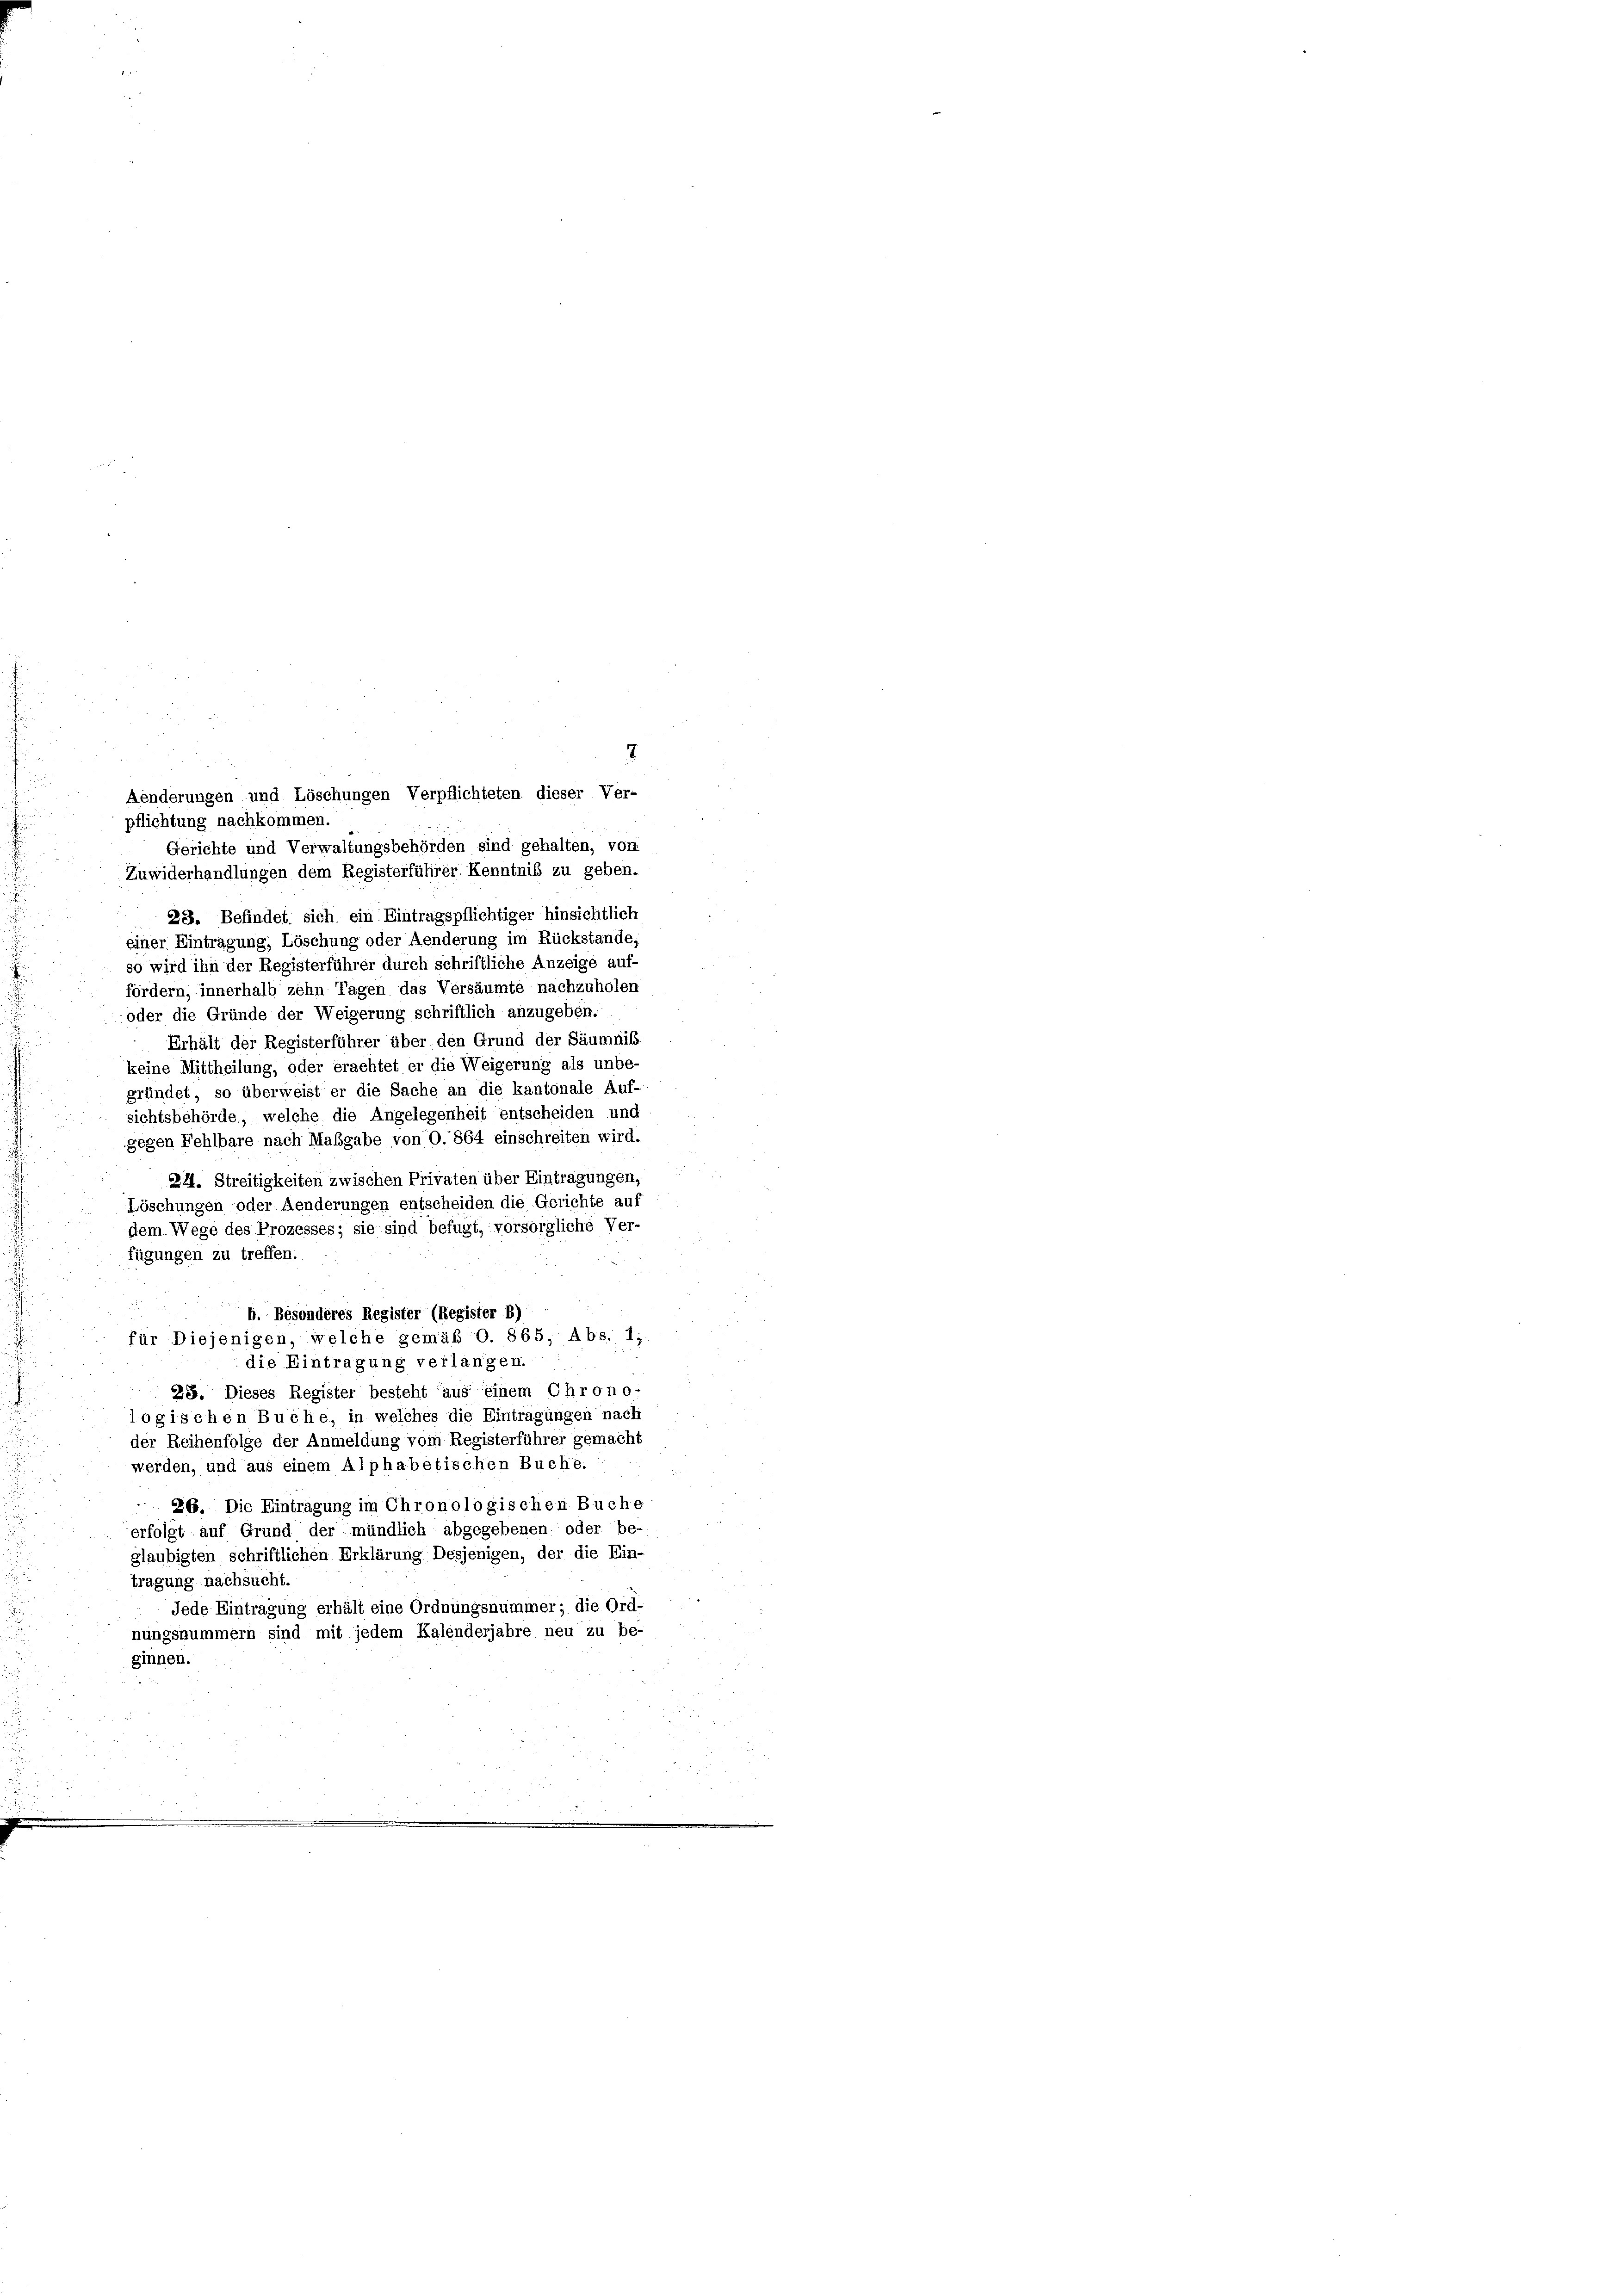
pflichtung nachkommen.
Gerichte und Verwaltungsbehörden sind gehalten, von
Zuwiderhandlungen dem Registerführer Kenntniß zu geben.
28. Befindet sich ein Eintragspflichtiger hinsichtlich
einer Eintragung, Löschung oder Aenderung im Rückstände,
so wird ihn der Registerführer durch schriftliche Anzeige auf-
fördern, innerhalb zehn Tagen das Versäumte nachzuholen
oder die Gründe der Weigerung schriftlich anzugeben.
Erhält der Registerführer über den Grund der Säumnis
keine Mittheilung, oder erachtet er die Weigerung als unbe-
gründet, so überweist er die Sache an die kantonale Auf-
sichtsbehörde, welche die Angelegenheit entscheiden und
gegen Fehlbare nach Maßgabe von O. 864 einschreiten wird.
21. Streitigkeiten zwischen Privaten über Eintragungen,
Löschungen oder Aenderungen entscheiden die Gerichte auf
dem Wege des Prozesses; sie sind befugt, vorsorgliche Ver-
fügungen zu treffen.
h. Besonderes Register (Register b)
für Diejenigen, welche gemäß O. 865, Abs. 1;
die Eintragung verlangen.
25. Dieses Register besteht aus einem Chrono-
logischen Buche, in welches die Eintragungen nach
der Reihenfolge der Anmeldung vom Registerführer gemacht
werden, und aus einem Alphabetischen Buche. :
26. Die Eintragung im Chronologischen Buche
erfolgt auf Grund der mündlich abgegebenen oder be-
glaubigten schriftlichen Erklärung Desjenigen, der die Ein-
tragung nachsucht.
Jede Eintragung erhält eine Ordnungsnummer; die Ord-
nungsnummern sind mit jedem Kalenderjahre neu zu be-
ginnen.

7
Aenderungen und Löschungen Verpflichteten dieser Ver-